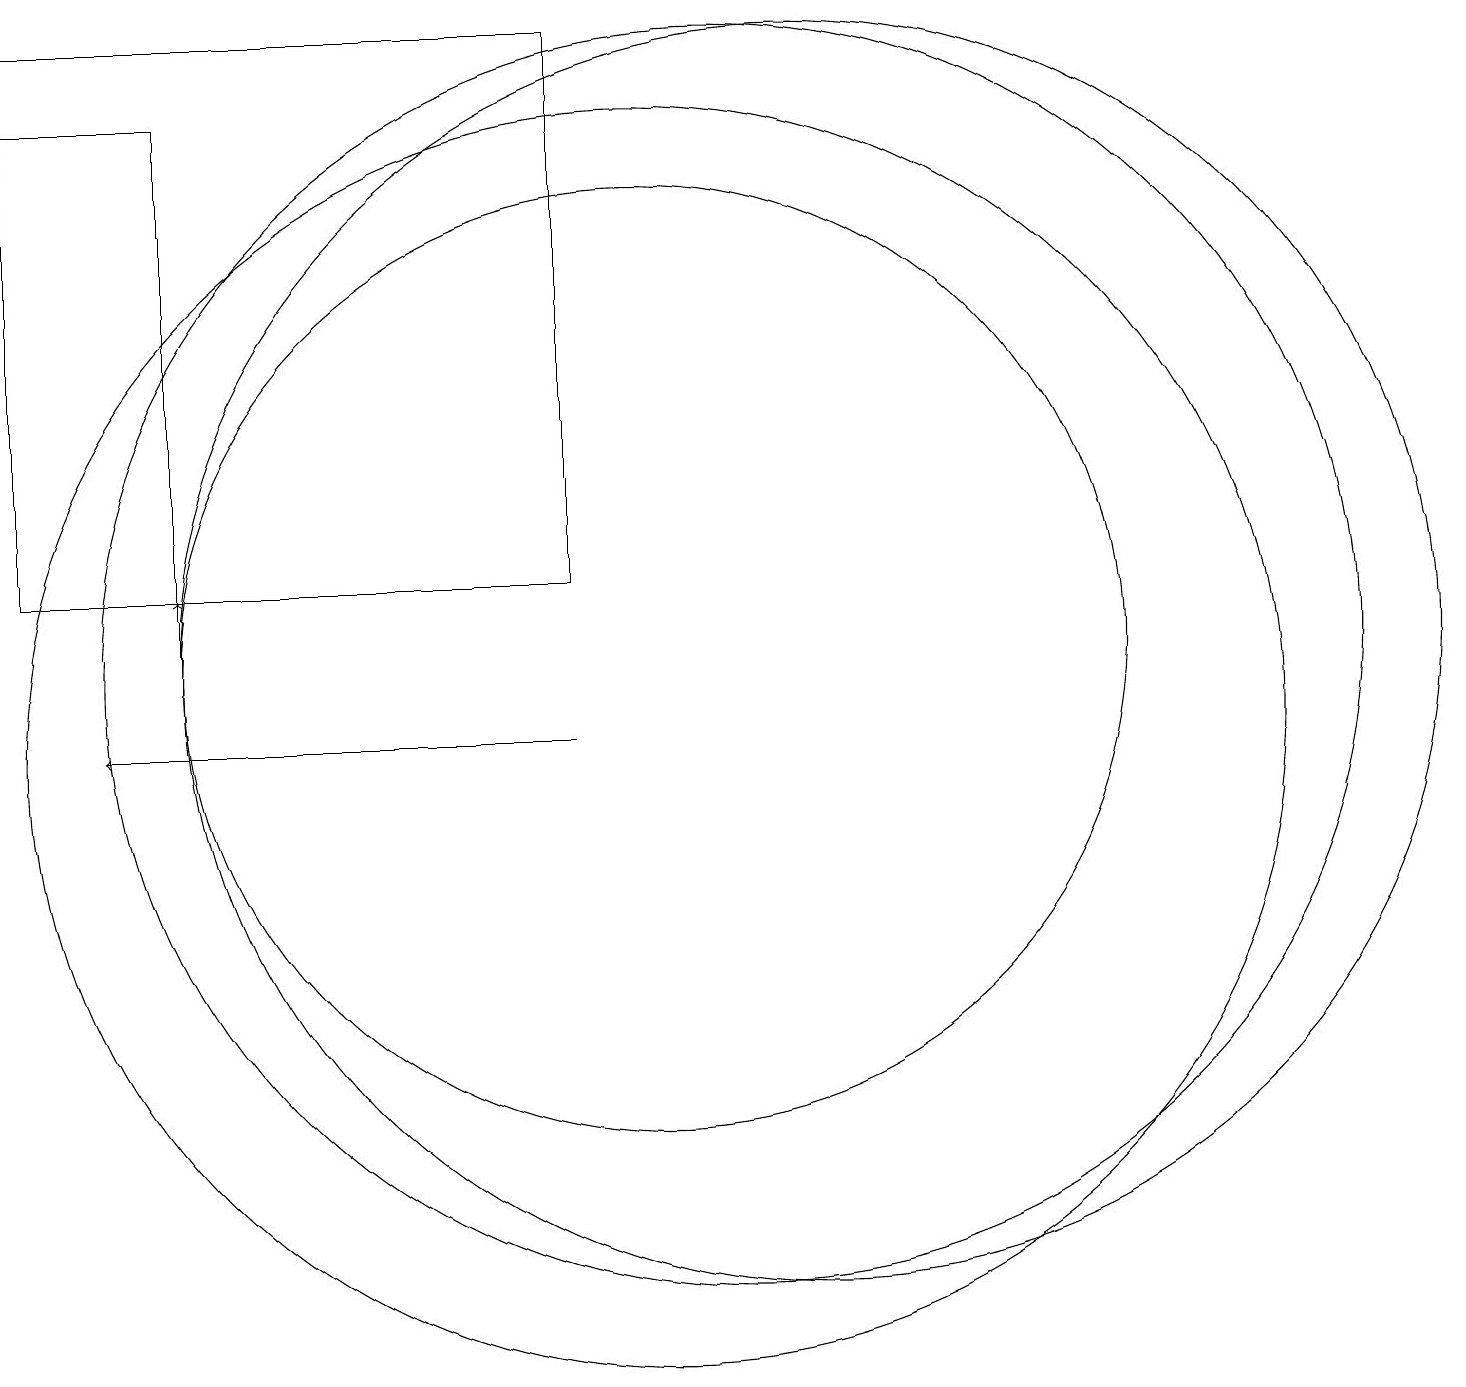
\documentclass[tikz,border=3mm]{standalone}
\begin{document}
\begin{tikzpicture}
\draw (9,19) rectangle (2,12);
\draw (10,10) circle (8);
\draw (4,18) rectangle (2,12);
\draw (10,11) circle (6);
\draw[->] (9,10) -- (3,10);
\draw[->] (4,11) -- (4,12);
\draw (12,11) circle (8);
\draw (11,11) circle (8);
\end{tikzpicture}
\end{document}